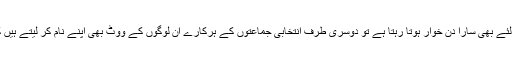
ایک طرف ایک شخص اپنا جائز ووٹ ڈالنے کے لئے بھی سارا دن خوار ہوتا رہتا ہے تو دوسری طرف انتخابی جماعتوں کے ہرکارے اُن لوگوں کے ووٹ بھی اپنے نام کر لیتے ہیں کہ جنہیں مرے ہوئے کئی کئی سال ہو جاتے ہیں۔